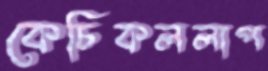
কেচিকললাপ